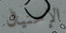
الإحتيال